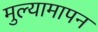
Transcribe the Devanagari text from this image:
मुल्यामापन